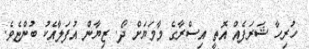
ހުރިހާ ޝަރަފެއް އޮތީ އިސްރާގެ މާމަޔަށް ދޯ. ޒިޔާން އުފަލާއެކު ބުންޏެވެ.